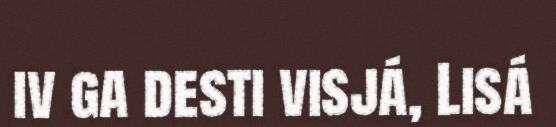
iv ga desti visjá, Lisá